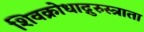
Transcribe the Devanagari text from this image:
शिवक्रोधाद्गुरुस्त्राता